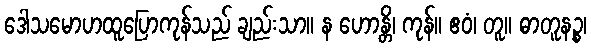
ဒေါသမောဟထူပြောကုန်သည် ချည်းသာ။ န ဟောန္တိ၊ ကုန်။ ဧဝံ၊ တူ။ ဓာတူနဉ္စ၊